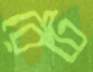
রেটে